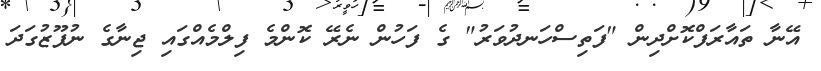
އޭނާ ތައާރަފްކޮށްދިން "ފަތިސްހަނދުވަރު" ގެ ފަހުން ނެރޭ ކޮންމެ ފިލްމެއްގައި ޖިނާގެ ނުފޫޒުގަދަ